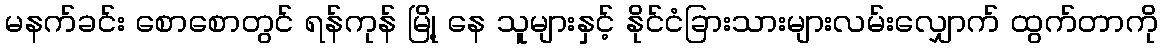
မနက်ခင်း စောစောတွင် ရန်ကုန် မြို့ နေ သူများနှင့် နိုင်ငံခြားသားများလမ်းလျှောက် ထွက်တာကို